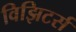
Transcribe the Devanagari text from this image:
विझिटर्स